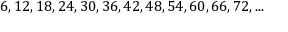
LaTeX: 6 , 1 2 , 1 8 , 2 4 , 3 0 , 3 6 , 4 2 , 4 8 , 5 4 , 6 0 , 6 6 , 7 2 , . . .